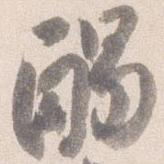
触